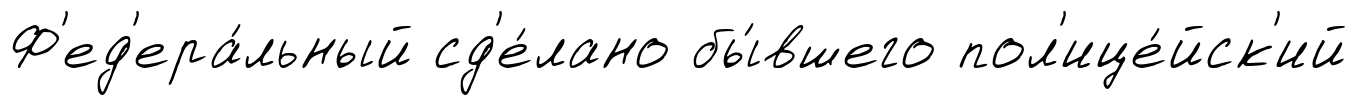
Ф'ед'ера́льный сд'е́лано бы́вшего пол'ице́йск'ий